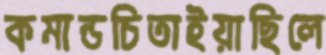
কমান্ডচিতাইয়াছিলে